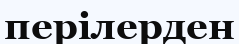
перілерден